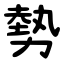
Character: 勢